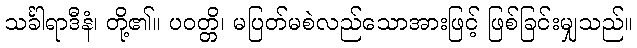
သင်္ခါရာဒီနံ၊ တို့၏။ ပဝတ္တိ၊ မပြတ်မစဲလည်သောအားဖြင့် ဖြစ်ခြင်းမျှသည်။